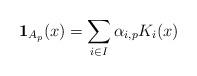
LaTeX: \begin{align*}\mathbf{1}_{A_p}(x)=\sum_{i\in I}\alpha_{i,p}K_i(x)\end{align*}